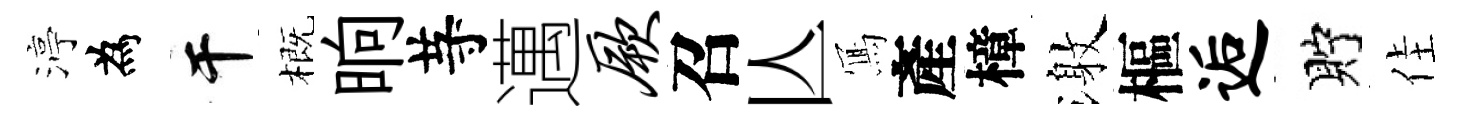
渟為干概晌䒭邁厥召亾𭂁產樟激樞逅貯佳